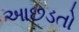
આછડતો